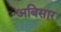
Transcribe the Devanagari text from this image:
अबिसार